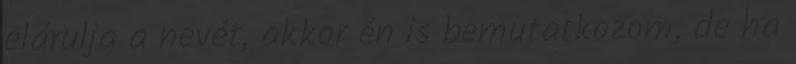
elárulja a nevét, akkor én is bemutatkozom, de ha